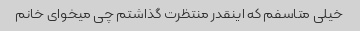
خیلی متاسفم که اینقدر منتظرت گذاشتم چی میخوای خانم